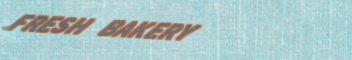
FRESH BAKERY